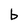
Character: b